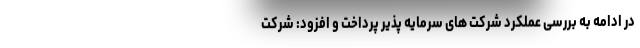
در ادامه به بررسی عملکرد شرکت های سرمایه پذیر پرداخت و افزود: شرکت